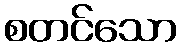
စတင်သော